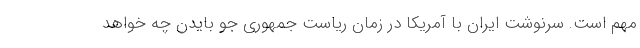
مهم است. سرنوشت ایران با آمریکا در زمان ریاست جمهوری جو بایدن چه خواهد